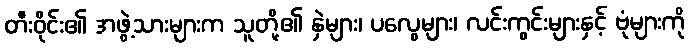
တီးဝိုင်း၏ အဖွဲ့သားများက သူတို့၏ နှဲများ၊ ပလွေများ၊ လင်းကွင်းများနှင့် ဗုံများကို